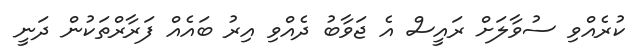
ކުރެއްވި ސުވާލަށް ރައީސް އެ ޖަވާބު ދެއްވި އިރު ބައެއް ފަރާރްތަކުން ދަނީ